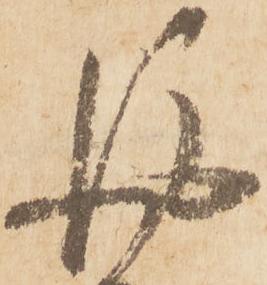
後